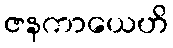
ဇနကာယေဟိ